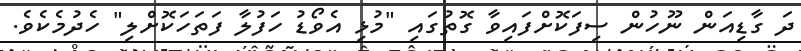
ދަ ގާޑިއަން ނޫހުން ސިފަކޮށްފައިވާ ގޮތުގައި "މުޅި އެވޯޑު ހަފުލާ ފަތަހަކޮށްލި" ހެދުމެކެވެ.